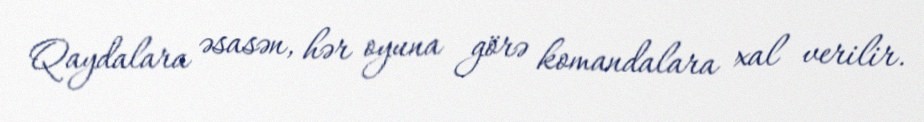
Qaydalara əsasən, hər oyuna görə komandalara xal verilir.